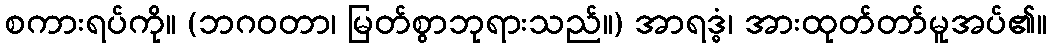
စကားရပ်ကို။ (ဘဂဝတာ၊ မြတ်စွာဘုရားသည်။) အာရဒ္ဓံ၊ အားထုတ်တာ်မူအပ်၏။